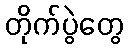
တိုက်ပွဲတွေ